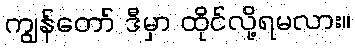
ကျွန်တော် ဒီမှာ ထိုင်လို့ရမလား။